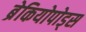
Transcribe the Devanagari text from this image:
ब्रेकियोपोड्स